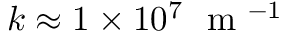
k \approx 1 \times 1 0 ^ { 7 } ~ \mathrm { ~ m ~ } ^ { - 1 }